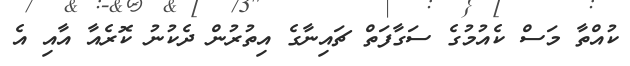
ކުއްތާ މަސް ކެއުމުގެ ސަގާފަތް ޗައިނާގެ އިތުރުން ދެކުނު ކޮރެއާ އާއި އެ